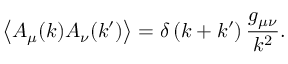
\left\langle A _ { \mu } ( k ) A _ { \nu } ( k ^ { \prime } ) \right\rangle = \delta \left( k + k ^ { \prime } \right) { \frac { g _ { \mu \nu } } { k ^ { 2 } } } .